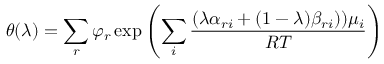
\theta ( \lambda ) = \sum _ { r } \varphi _ { r } \exp \left( \sum _ { i } { \frac { ( \lambda \alpha _ { r i } + ( 1 - \lambda ) \beta _ { r i } ) ) \mu _ { i } } { R T } } \right)